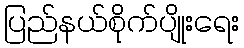
ပြည်နယ်စိုက်ပျိုးရေး